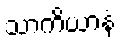
သာကိယာနံ